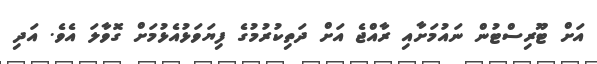
އަށް ޓޫރިސްޓުން ނައުމަށާއި ރާއްޖެ އަށް ދަތިކުރުމުގެ ފިޔަވަޅުއެޅުމަށް ގޮވާލަ އެވެ. އަދި